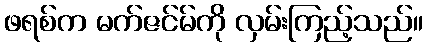
ဖရစ်က မက်ဇင်မ်ကို လှမ်းကြည့်သည်။